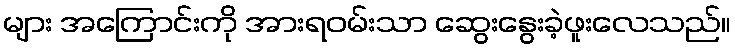
များ အကြောင်းကို အားရဝမ်းသာ ဆွေးနွေးခဲ့ဖူးလေသည်။